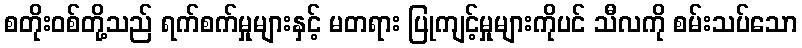
စတိုးဝစ်တို့သည် ရက်စက်မှုများနှင့် မတရား ပြုကျင့်မှုများကိုပင် သီလကို စမ်းသပ်သော